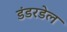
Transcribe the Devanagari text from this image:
डंडरडेल